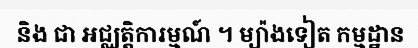
និង ជា អជ្ឈត្តិការម្មណ៍ ។ ម្យ៉ាងទៀត កម្មដ្ឋាន